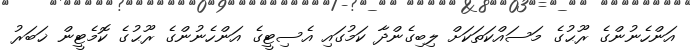
އަންހެނުންގެ ރޫޙުގެ މަސައްކަތަކަށް ލިބިގެންދާ ކަމުގައި އެސިޓީގެ އަންހެނުންގެ ރޫޙުގެ ކޮމެޓީން ޚަބަރު